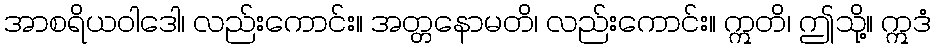
အာစရိယဝါဒေါ၊ လည်းကောင်း။ အတ္တနောမတိ၊ လည်းကောင်း။ ဣတိ၊ ဤသို့။ ဣဒံ